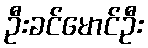
ဦးခင်မောင်ဦး